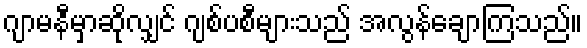
ဂျာမနီမှာဆိုလျှင် ဂျစ်ပစီများသည် အလွန်ချောကြသည်။